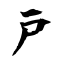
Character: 戸